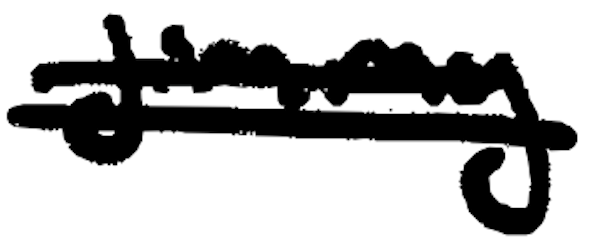
Text: Jimmy
Cross-out: double-line
Writing tool: digital_black